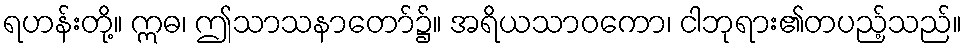
ရဟန်းတို့။ ဣဓ၊ ဤသာသနာတော်၌။ အရိယသာဝကော၊ ငါဘုရား၏တပည့်သည်။